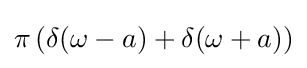
\pi \left(\delta (\omega -a)+\delta (\omega +a)\right)